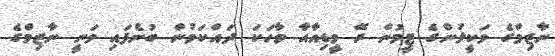
ނާޒިމްގެ ވަކީލުންގެ ޓީމުން ރޭ މީޑިއާއާ ވާހަކަ ދައްކަމުން ބުނެފައި ވަނީ ނާޒިމްގެ